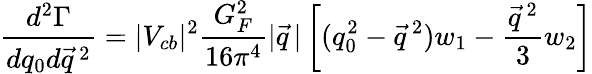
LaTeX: \frac{d^{2}\Gamma}{dq_{0}d\vec{q}\, ^{2}}=|V_{cb}|^{2}\frac{G_{F}^{2}}{16\pi^{4}}|\vec{q}\, |\left[(q_{0}^{2}-\vec{q}\, ^{2})w_{1}-\frac{\vec{q}\, ^{2}}{3}w_{2}\right]